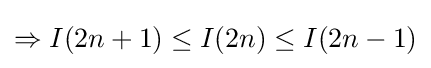
\Rightarrow I(2n+1)\leq I(2n)\leq I(2n-1)